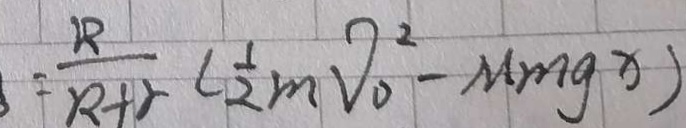
= \frac { R } { R + r } ( \frac { 1 } { 2 } m V _ { 0 } ^ { 2 } - M m g x )